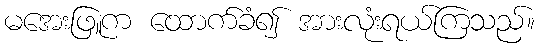
မအေးဖြူက ထောက်ခံ၍ အားလုံးရယ်ကြသည်။